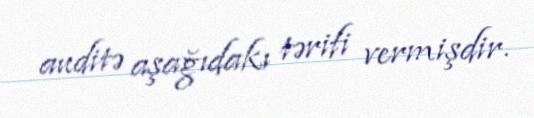
auditə aşağıdakı tərifi vermişdir.